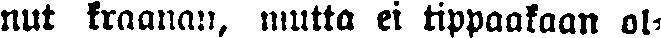
nut kraanan, mutta ei tippaakaan ol-